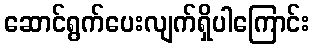
ဆောင်ရွက်ပေးလျက်ရှိပါကြောင်း